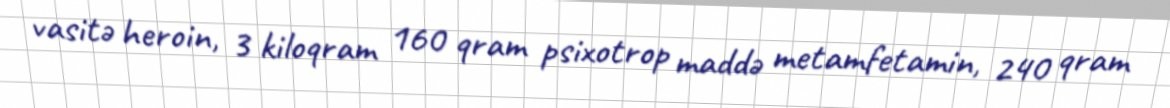
vasitə heroin, 3 kiloqram 160 qram psixotrop maddə metamfetamin, 240 qram